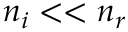
n _ { i } < < n _ { r }